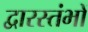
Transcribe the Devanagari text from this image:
द्वारस्तंभों